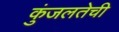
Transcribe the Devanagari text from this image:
कुंजलतेची